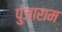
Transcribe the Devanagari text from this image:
पुंजाराम